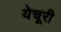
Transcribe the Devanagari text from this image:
येचूरी